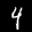
Label: 4